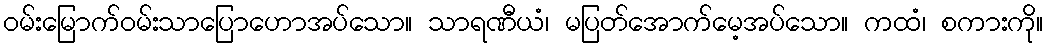
ဝမ်းမြောက်ဝမ်းသာပြောဟောအပ်သော။ သာရဏီယံ၊ မပြတ်အောက်မေ့အပ်သော။ ကထံ၊ စကားကို။